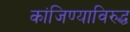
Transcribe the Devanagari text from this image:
कांजिण्याविरुद्ध